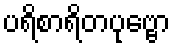
ပရိစာရိတပုဗ္ဗော